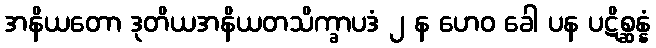
အနိယတော ဒုတိယအနိယတသိက္ခာပဒံ ၂ န ဟေဝ ခေါ ပန ပဋိစ္ဆန္နံ